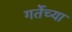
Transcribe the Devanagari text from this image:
गर्तेच्या